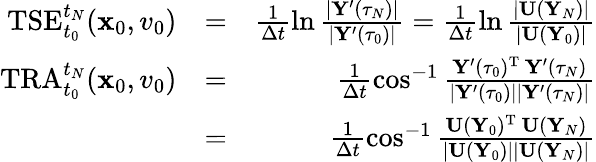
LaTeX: \begin{array}{rlr}{\mathrm{TSE}_{t_{0}}^{t_{N}}({\mathbf x}_{0},v_{0})}&{=}&{\frac{1}{\Delta t}\ln\frac{|{\mathbf Y}^{\prime}(\tau_{N})|}{|{\mathbf Y}^{\prime}(\tau_{0})|}=\frac{1}{\Delta t}\ln\frac{|{\mathbf U}({\mathbf Y}_{N})|}{|{\mathbf U}({\mathbf Y}_{0})|}}\\ {\mathrm{TRA}_{t_{0}}^{t_{N}}({\mathbf x}_{0},v_{0})}&{=}&{\frac{1}{\Delta t}\cos^{-1}\frac{{\mathbf Y}^{\prime}(\tau_{0})^{{\mathrm T}}\, {\mathbf Y}^{\prime}(\tau_{N})}{|{\mathbf Y}^{\prime}(\tau_{0})||{\mathbf Y}^{\prime}(\tau_{N})|}}\\ &{=}&{\frac{1}{\Delta t}\cos^{-1}\frac{{\mathbf U}({\mathbf Y}_{0})^{{\mathrm T}}\, {\mathbf U}({\mathbf Y}_{N})}{|{\mathbf U}({\mathbf Y}_{0})||{\mathbf U}({\mathbf Y}_{N})|}}\end{array}